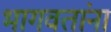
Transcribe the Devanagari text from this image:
भागवतांना